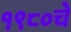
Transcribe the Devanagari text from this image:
१९८०चे